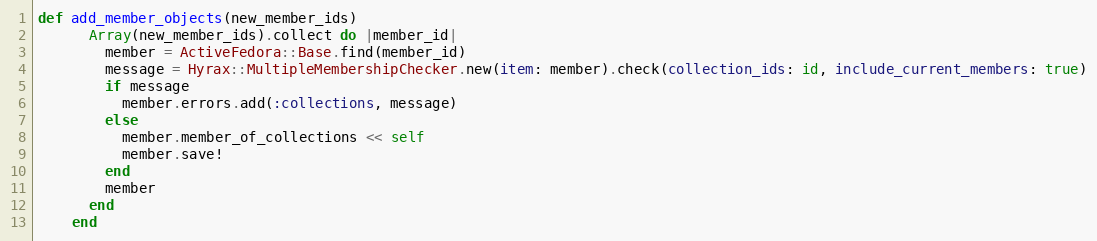
Language: Ruby
def add_member_objects(new_member_ids)
      Array(new_member_ids).collect do |member_id|
        member = ActiveFedora::Base.find(member_id)
        message = Hyrax::MultipleMembershipChecker.new(item: member).check(collection_ids: id, include_current_members: true)
        if message
          member.errors.add(:collections, message)
        else
          member.member_of_collections << self
          member.save!
        end
        member
      end
    end